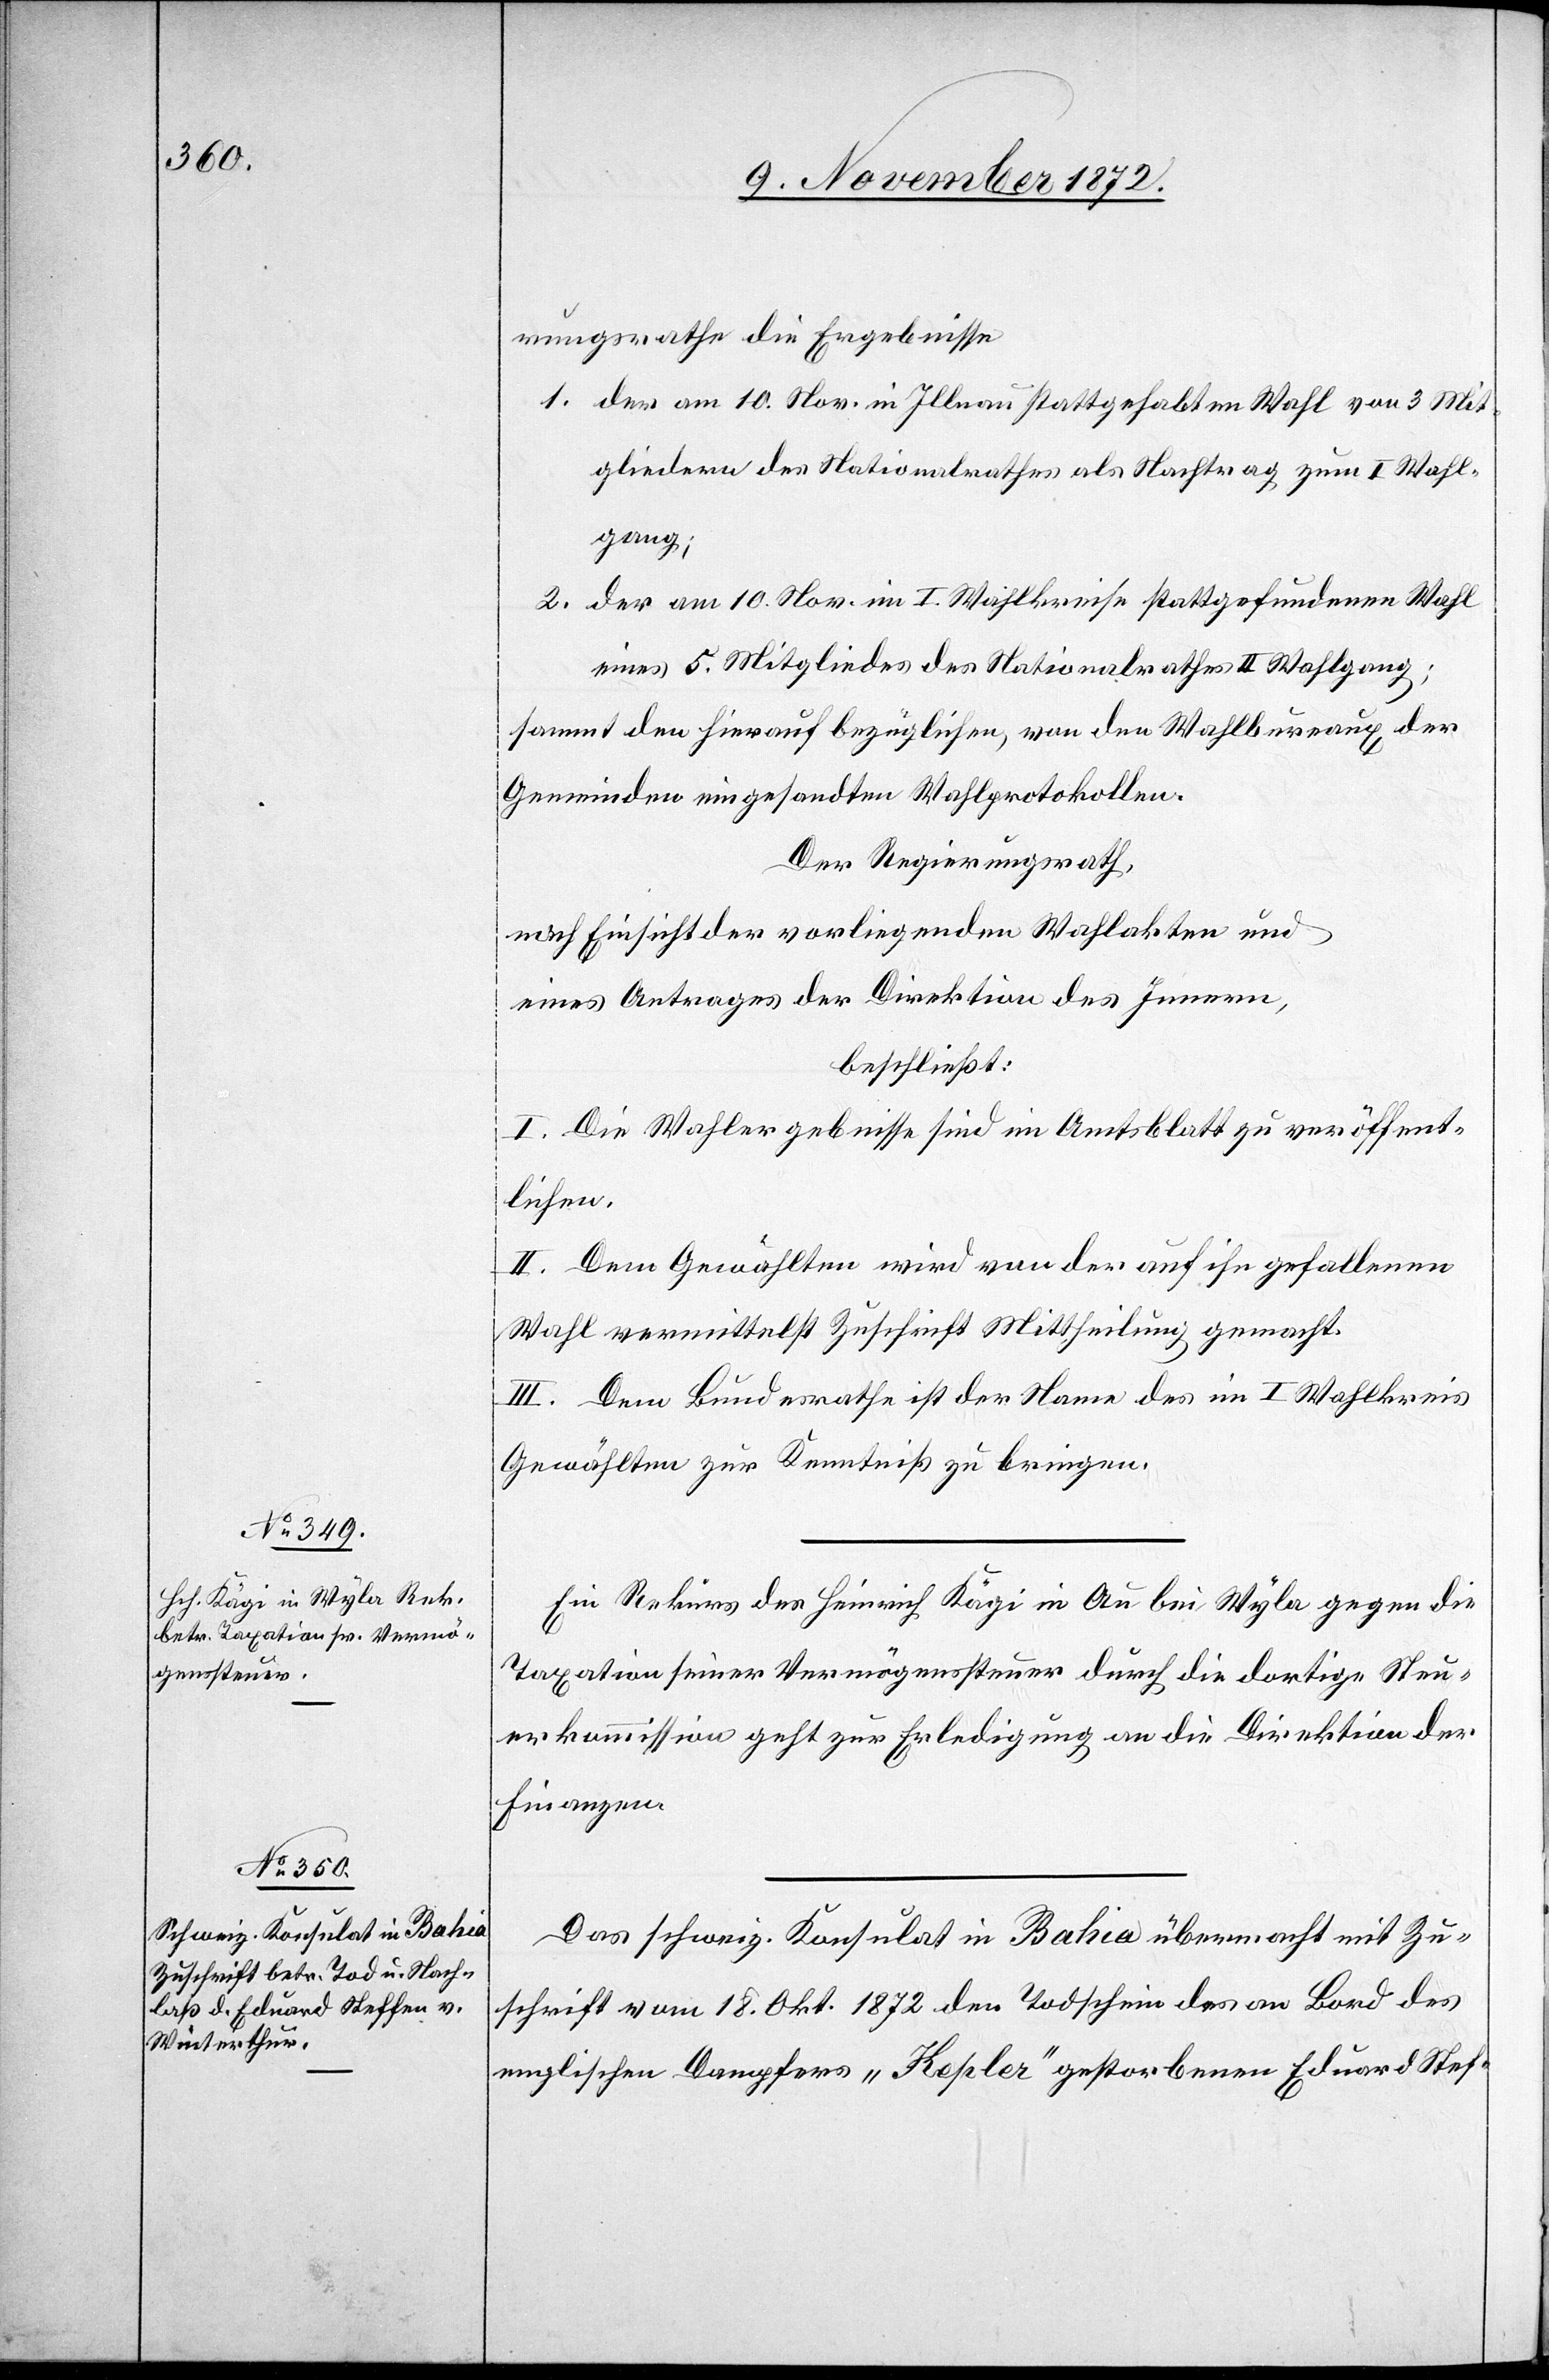
13. November 1872.]
rungsrathe die Ergebnisse
1. der am 10. Nov. in Illnau stattgehabten Wahl von 3 Mit¬
gliedern des Nationalrathes als Nachtrag zum I Wahl¬
gang;
2. der am 10. Nov. im I. Wahlkreise stattgefundenen Wahl
eines 5. Mitgliedes des Nationalrathes II Wahlgang;
sammt den hierauf bezüglichen, von den Wahlbureaux der
Gemeinden eingesandten Wahlprotokollen.
Der Regierungsrath,
nach Einsicht der vorliegenden Wahlakten und
eines Antrages der Direktion des Innern,
beschließt:
I. Die Wahlergebnisse sind im Amtsblatt zu veröffent¬
lichen.
II. Dem Gewählten wird von der auf ihn gefallenen
Wahl vermittelst Zuschrift Mittheilung gemacht.
III. Dem Bundesrathe ist der Name des im I Wahlkreise
Gewählten zur Kenntniß zu bringen.
Ein Rekurs des Heinrich Kägi in Au bei Wyla gegen die
Taxation seiner Vermögenssteuer durch die dortige Steu¬
erkommission geht zur Erledigung an die Direktion der
Finanzen.
Das schweiz. Konsulat in Bahia übermacht mit Zu¬
schrift vom 18. Okt. 1872 den Todschein des an Bord des
englischen Dampfers „Kepler“ gestorbenen Eduard Stef-